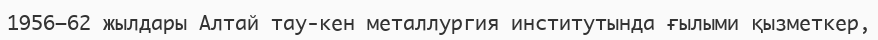
1956–62 жылдары Алтай тау-кен металлургия институтында ғылыми қызметкер,